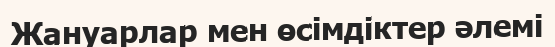
Жануарлар мен өсімдіктер әлемі